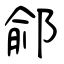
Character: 鄃